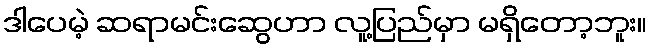
ဒါပေမဲ့ ဆရာမင်းဆွေဟာ လူ့ပြည်မှာ မရှိတော့ဘူး။